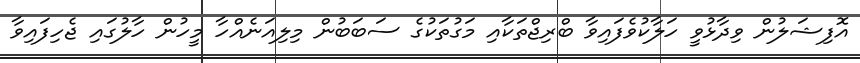
އޮފިޝަލުން ވިދާޅުވީ ހަލާކުވެފައިވާ ބްރިޖްތަކާއި މަގުތަކުގެ ސަބަބުން މިލިއަނެއްހާ މީހުން ހާލުގައި ޖެހިފައިވާ